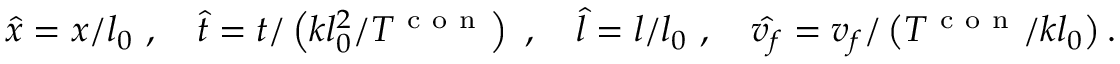
\hat { x } = x / l _ { 0 } ~ , ~ ~ ~ \hat { t } = t / \left( k l _ { 0 } ^ { 2 } / T ^ { \mathrm { ~ c ~ o ~ n ~ } } \right) ~ , ~ ~ ~ \hat { l } = l / l _ { 0 } ~ , ~ ~ ~ \hat { v _ { f } } = v _ { f } / \left( T ^ { \mathrm { ~ c ~ o ~ n ~ } } / k l _ { 0 } \right) .